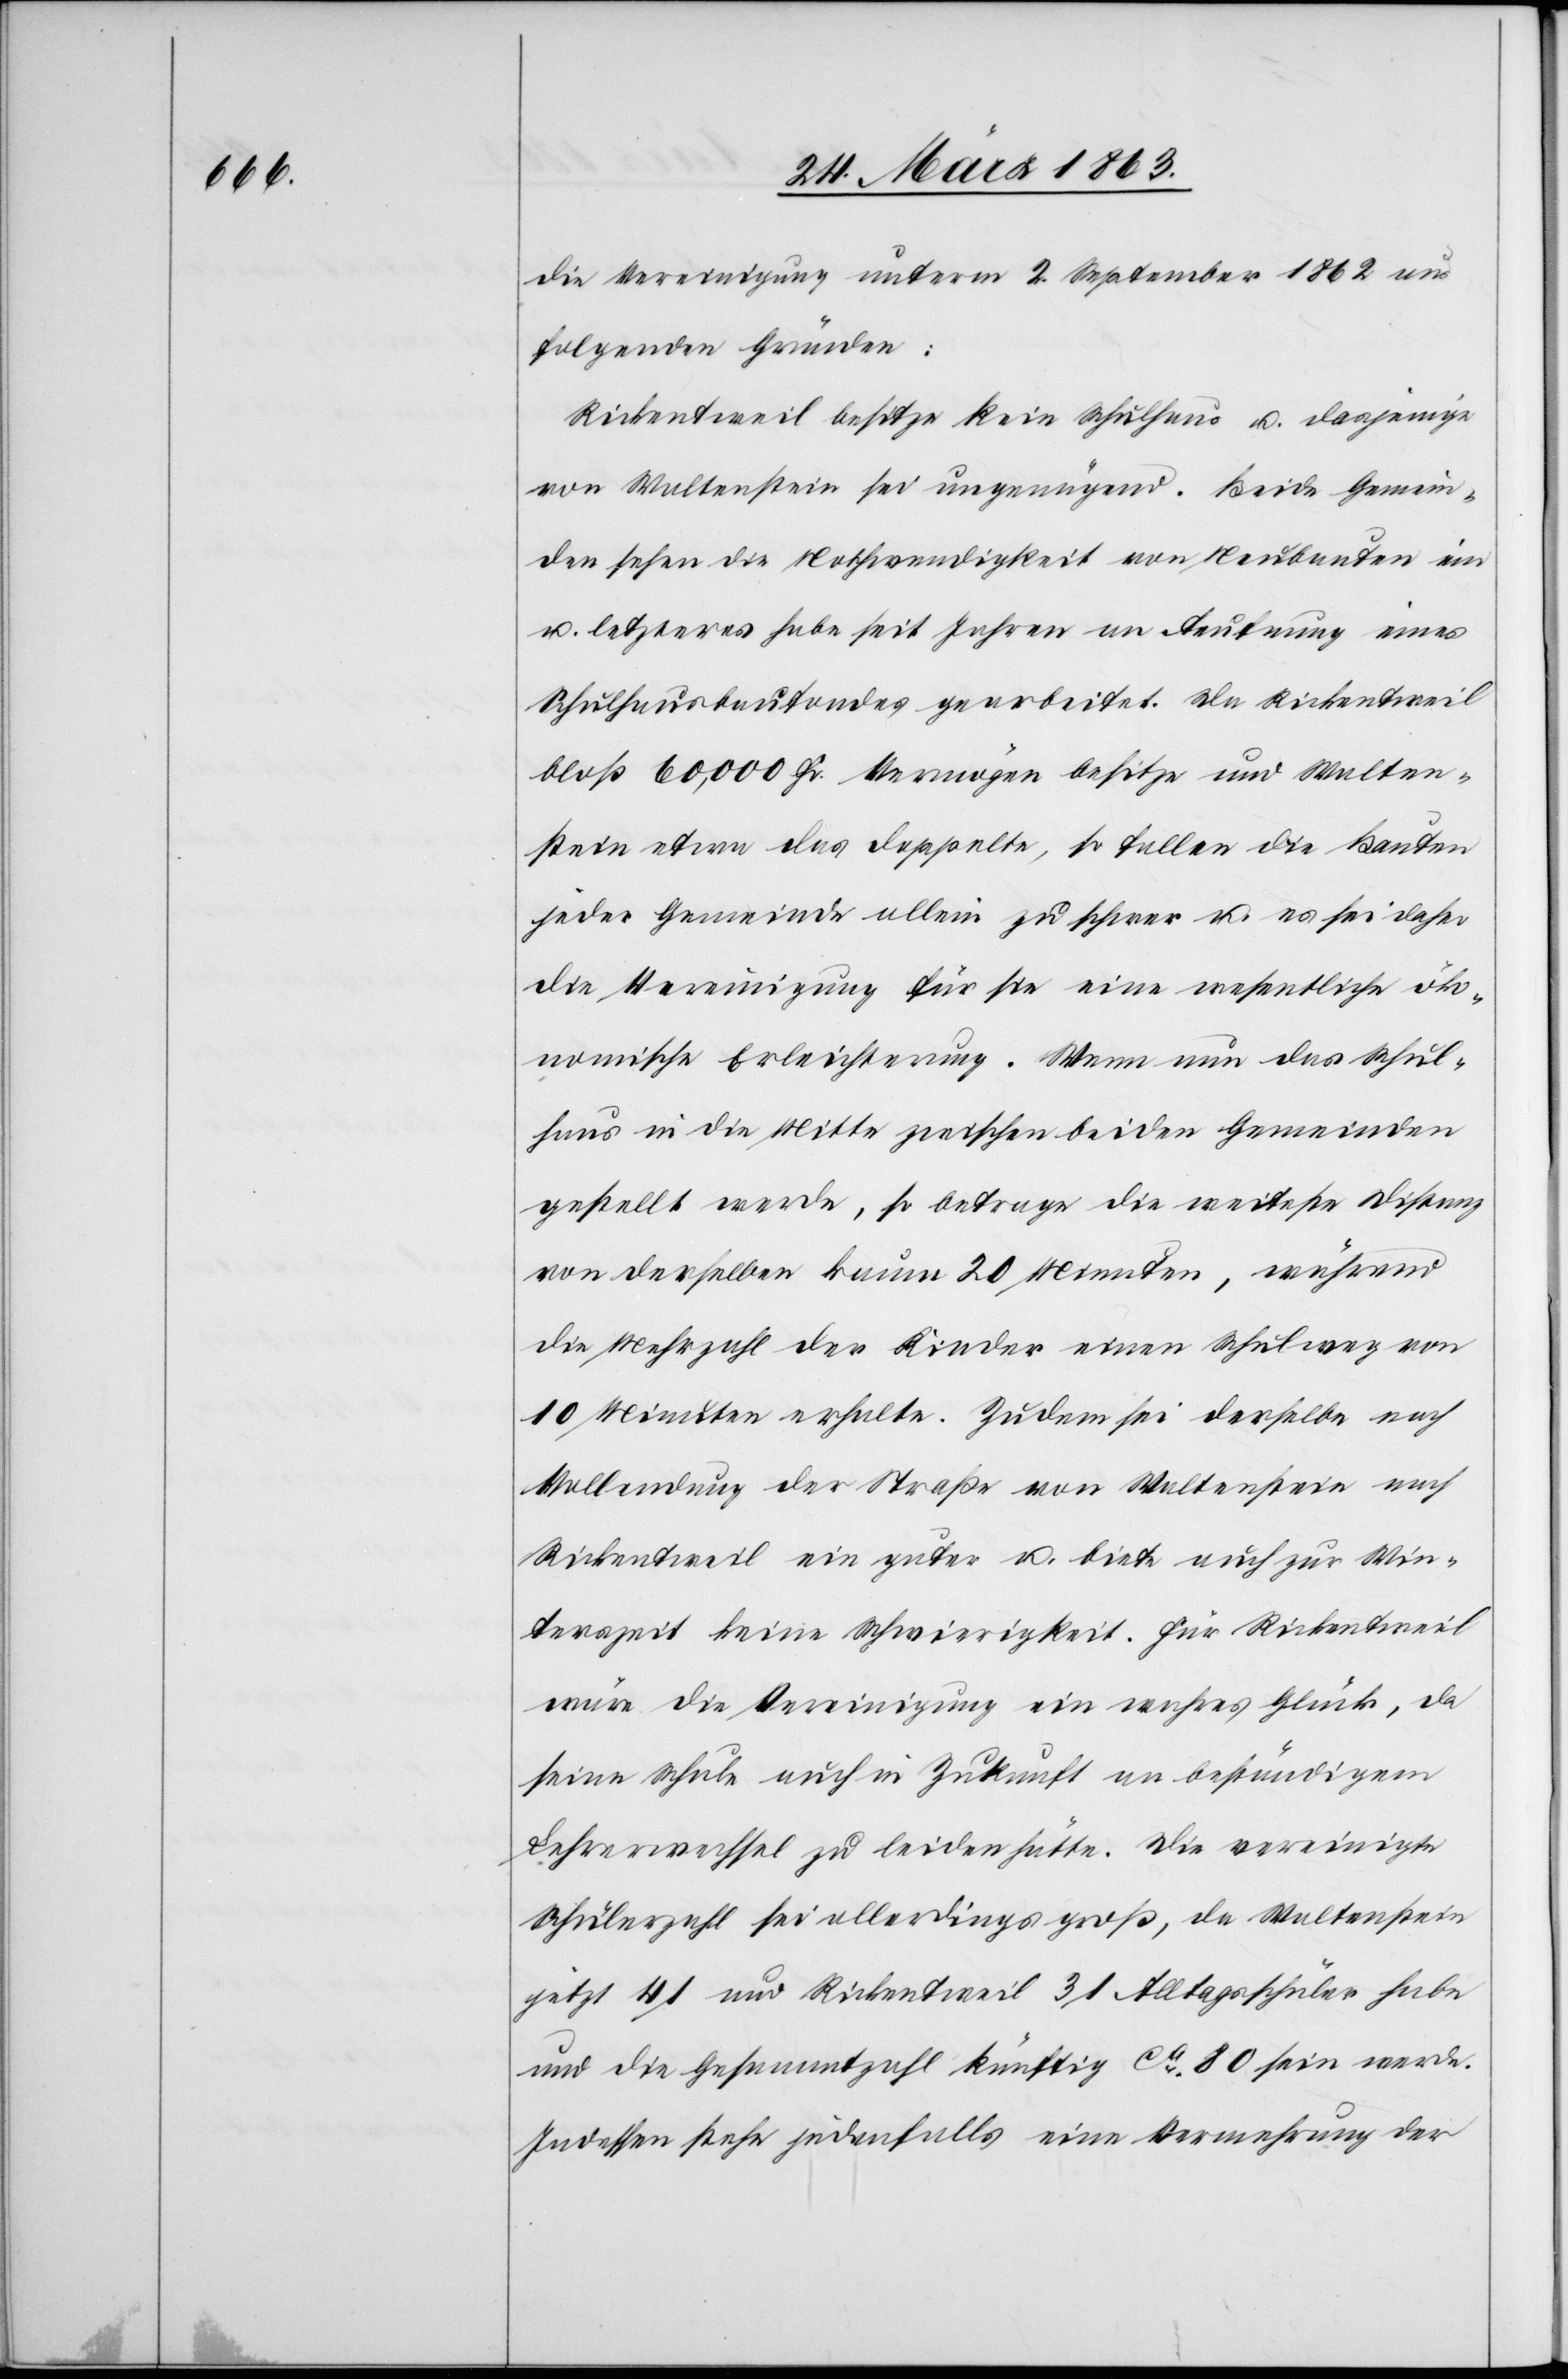
die Vereinigung unterm 2. September 1862 aus
folgenden Gründen:
Rickentweil besitze kein Schulhaus u. dasjenige
von Waltenstein sei ungenügend. Beide Gemein¬
den sehen die Nothwendigkeit von Neubauten ein
u. letzteres habe seit Jahren an Aeufnung eines
Schulhausbaufondes gearbeitet. Da Rickentweil
bloß 60,000 Fr. Vermögen besitze und Walten¬
stein etwa das doppelte, so fallen die Bauten
jeder Gemeinde allein zu schwer u. es sei daher
die Vereinigung für sie eine wesentliche öko¬
nomische Erleichterung. Wenn nun das Schul¬
haus in die Mitte zwischen beiden Gemeinden
gestellt werde, so betrage die weiteste Distanz
von derselben kaum 20 Minuten, während
die Mehrzahl der Kinder einen Schulweg von
10 Minuten erhalte. Zudem sei derselbe nach
Vollendung der Straße von Waltenstein nach
Rickentweil ein guter u. biete auch zur Win¬
terszeit keine Schwierigkeit. Für Rickentweil
wäre die Vereinigung ein wahres Glück, da
seine Schule auch in Zukunft an beständigem
Lehrerwechsel zu leiden hätte. Die vereinigte
Schülerzahl sei allerdings groß, da Waltenstein
jetzt 41 und Rickentweil 31 Alltagsschüler habe
und die Gesammtzahl künftig ca 80 sein werde.
Indessen stehe jedenfalls eine Vermehrung der